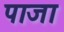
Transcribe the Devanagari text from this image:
पाजा